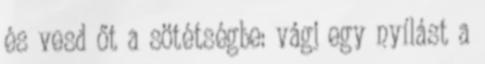
és vesd őt a sötétségbe: vágj egy nyílást a